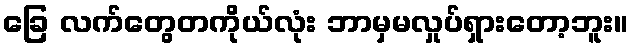
ခြေ လက်တွေတကိုယ်လုံး ဘာမှမလှုပ်ရှားတော့ဘူး။